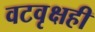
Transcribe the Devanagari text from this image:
वटवृक्षही